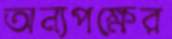
অন্যপক্ষের